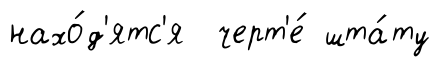
нахо́д'ятс'я черт'е́ шта́ту